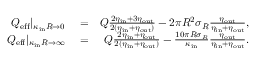
\begin{array} { r l r } { Q _ { \mathrm { e f f } } | _ { \kappa _ { \mathrm { i n } } R \to 0 } } & { { } = } & { Q \frac { 2 \eta _ { \mathrm { i n } } + 3 \eta _ { \mathrm { o u t } } } { 2 ( \eta _ { \mathrm { i n } } + \eta _ { \mathrm { o u t } } ) } - 2 \pi R ^ { 2 } \sigma _ { R } \frac { \eta _ { \mathrm { o u t } } } { \eta _ { \mathrm { i n } } + \eta _ { \mathrm { o u t } } } , } \\ { Q _ { \mathrm { e f f } } | _ { \kappa _ { \mathrm { i n } } R \to \infty } } & { { } = } & { Q \frac { 2 \eta _ { \mathrm { i n } } + \eta _ { \mathrm { o u t } } } { 2 ( \eta _ { \mathrm { i n } } + \eta _ { \mathrm { o u t } } ) } - \frac { 1 0 \pi R \sigma _ { R } } { \kappa _ { \mathrm { i n } } } \frac { \eta _ { \mathrm { o u t } } } { \eta _ { \mathrm { i n } } + \eta _ { \mathrm { o u t } } } . } \end{array}